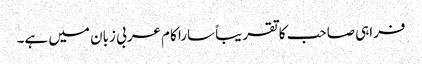
فراہی صاحب کا تقریباً سارا کام عربی زبان میں ہے۔